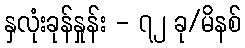
နှလုံးခုန်နှုန်း - ၇၂ ခု/မိနစ်